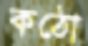
কঠো